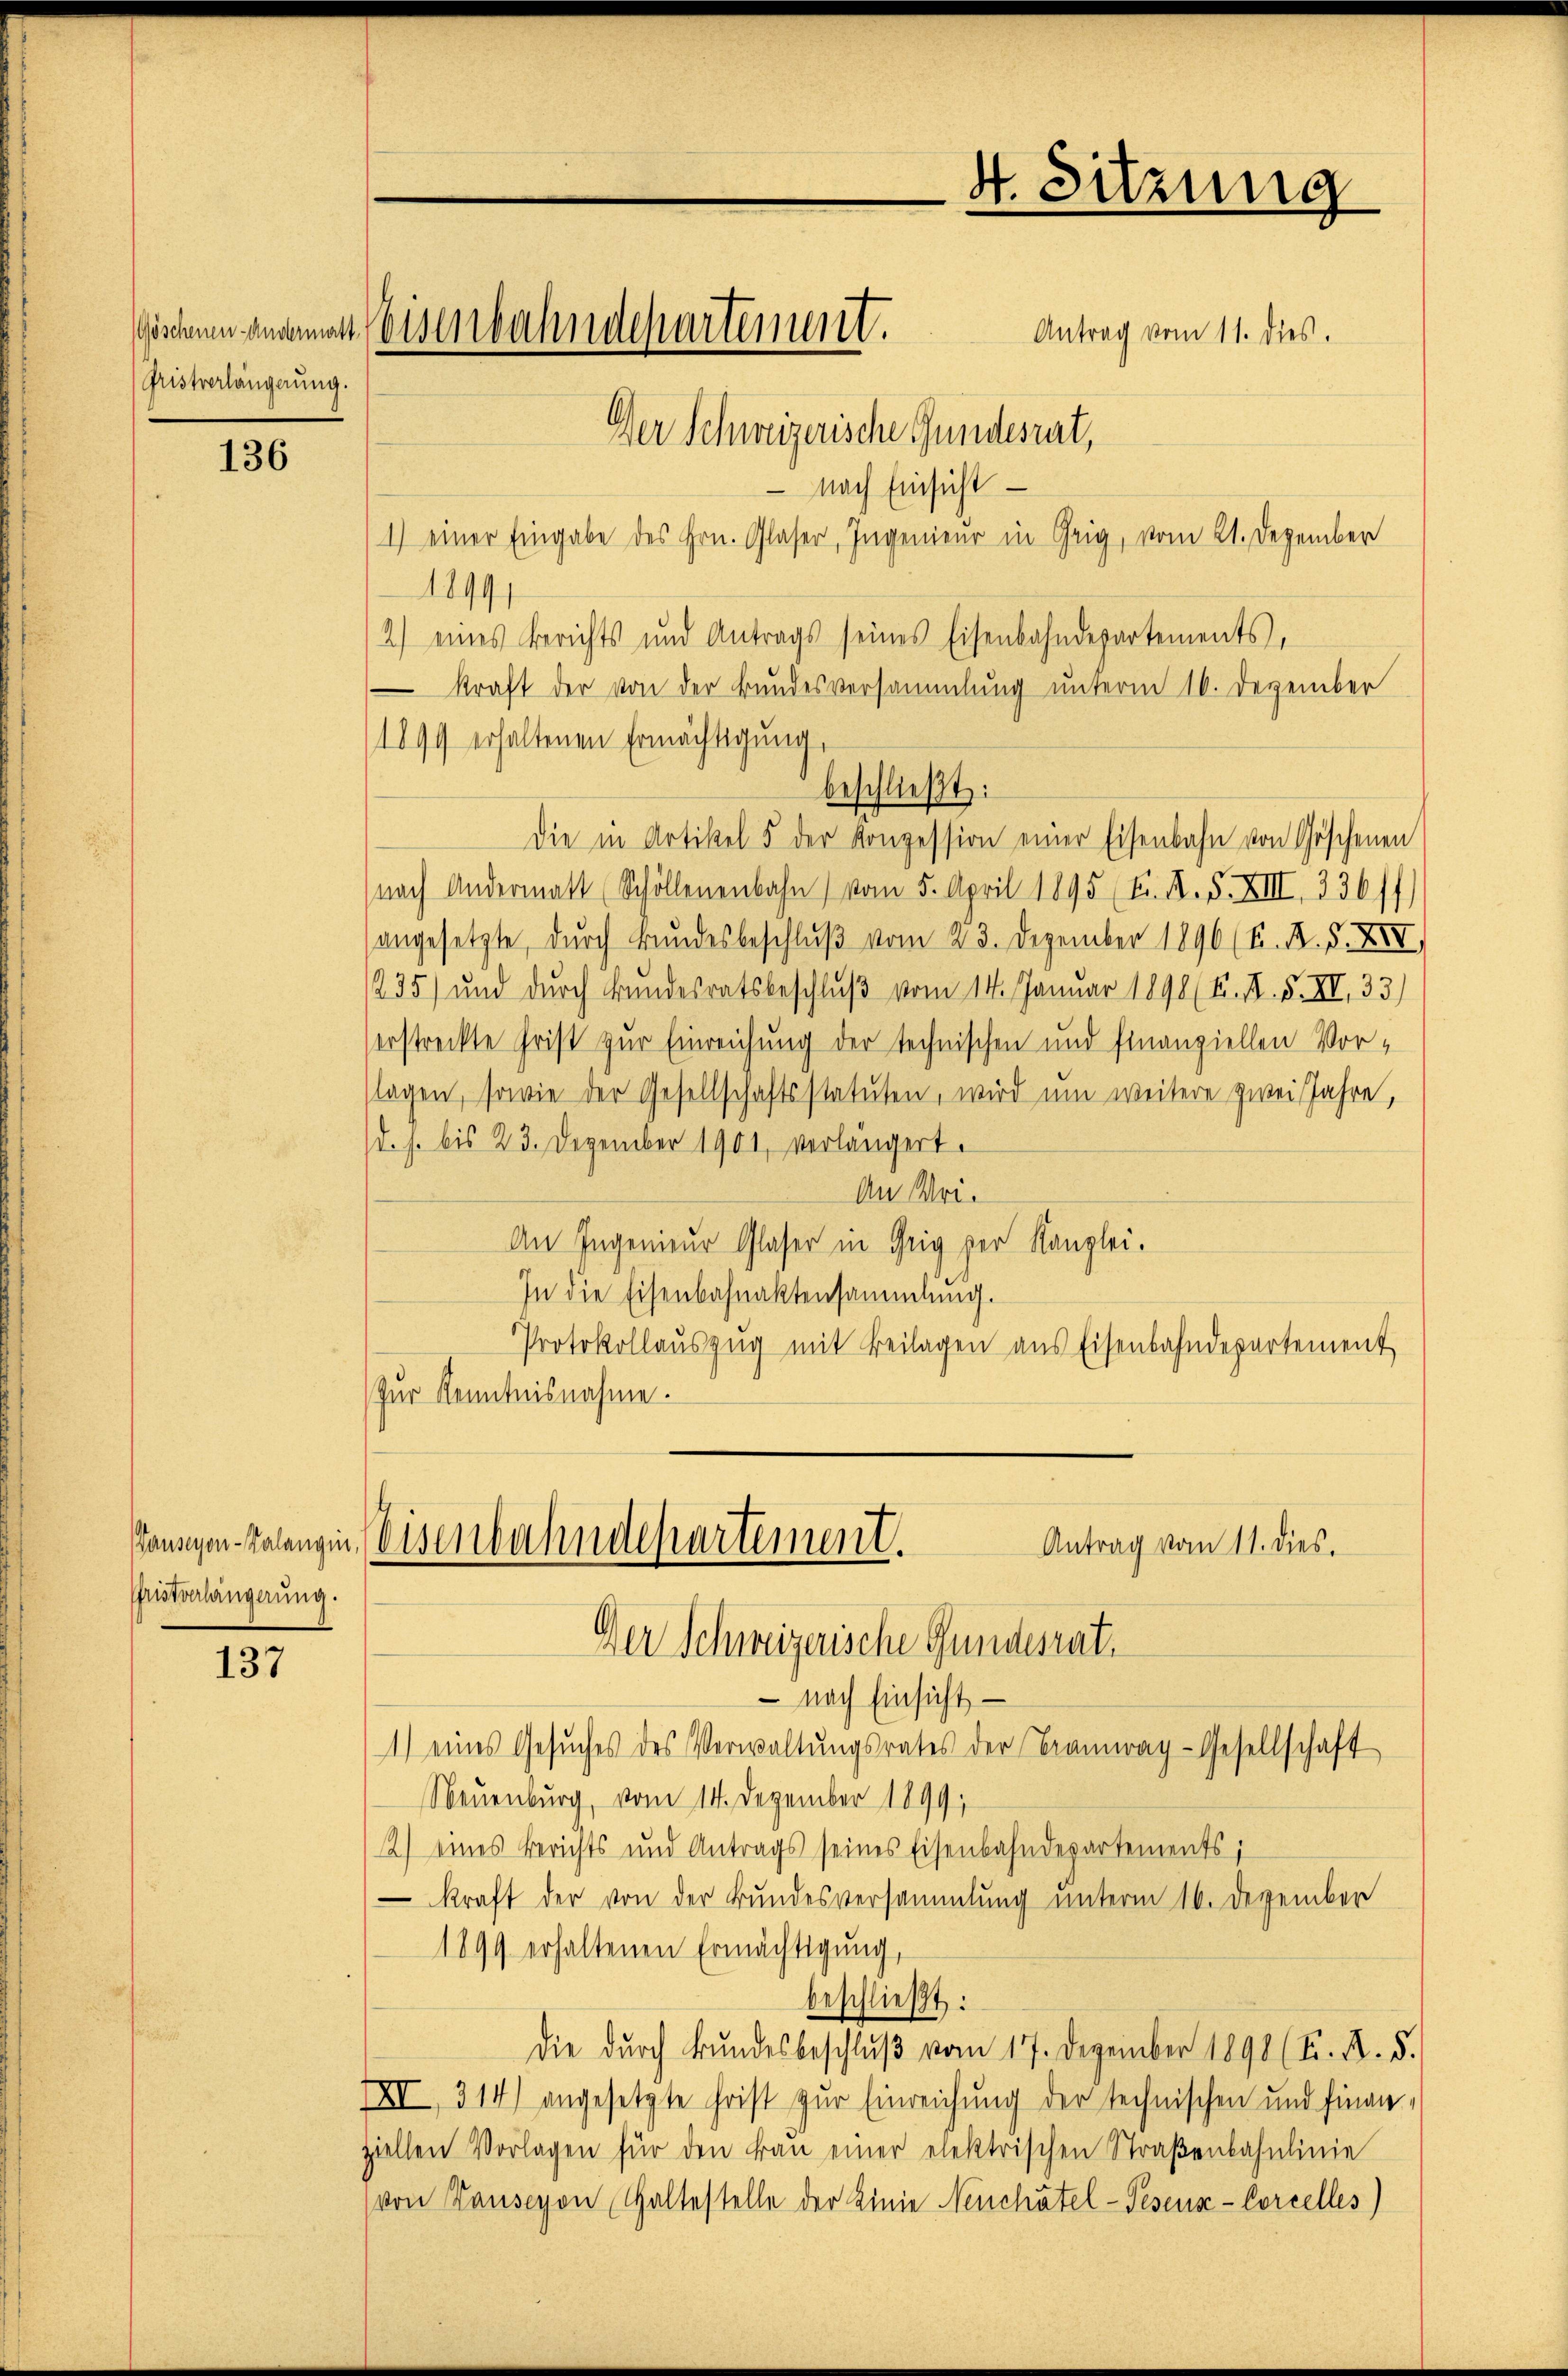
(Gristverlängerung.

136

Prstverlängerung.

137

Göschenen andermatt Weisenbahndepartement.
Der Schweizerische Gundesrat,

nach Einsicht
1) einer Eingabe des Hrn. Glaser, Ingenieur in Grig, vom 21. Dezember
1899
2) eines Berichts und Antrags seines Eisenbahndepartements,
kraft der von der Bundesversammlung unterm 16. Dezember
1899 erhaltenen Ermächtigung,
Die in Artikel 5 der Konzession einer Eisenbahn von Göschenen
nach Andermatt (Schöllenenbahn vom 5. April 1895 Fr. A. S. XIII 336/7
angesetzte, durch Bundesbeschluß vom 23. Dezember 1896 (s. R. S. XXII,
235) und durch Bundesratsbeschluß vom 14. Januar 1890 (K. A. F. XI, 33)
erstreckte Frist zur Einreichung der technischen und finanziellen Vorlagen, sowie der Gesellschaftsstatuten, wird um weitere zwei Jahre,
d. s. bis 23. Dezember 1901, verlängert.
An Uri.
An Ingenieur Glaser in Geig der Kanzlei.
In die Eisenbahnaktensammlung.
Protokollauszug mit Beilagen aus Eisenbahndepartement
Zur Kenntnisnahme.

beschließt:

4. Sitzung

nach Einsicht
1) eines Gesŭches des Verwaltŭngsrates der Braunrag-Gesellschaft
Neuenburg, vom 14. Dezember 1899,
2) eines Berichts und Antrags seines Eisenbahndepartements;
 kraft der von der Bundesversammlung unterm 16. Dezember
1899 erhaltenen Ermächtigung,
beschließt:
die dŭrch Bŭndesbeschlŭβ vom 17. Dezember 1890 (Fr. R. 5.
IXII, 314) angesetzte Frist zur Einreichung der technischen und finan-
ziellen Vorlagen für den Frau einer elektrischen Straßenbahnlinie
von Hauseron Haltestelle der Linie Neuchatel-Pesens-Corcelles)

ansigen Valangen, (Visenbahndepartement.
Antrag vom 11. dies.
Der Schweizerische Gundesrat.

Antrag vom 11. dies.